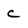
Character: c